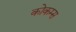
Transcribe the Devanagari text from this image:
कोकम्स